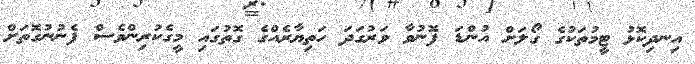
އިނދިކޮޅު ޓީމުތަކުގެ ގޯލަށް އުންޑަ ފޮނުވާ ވަރުގަދަ ހަތިޔާރެއްގެ ގޮތުގައި މީގެކުރިންވެސް ފެނުނުގޮތަށް